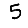
Digit: 5